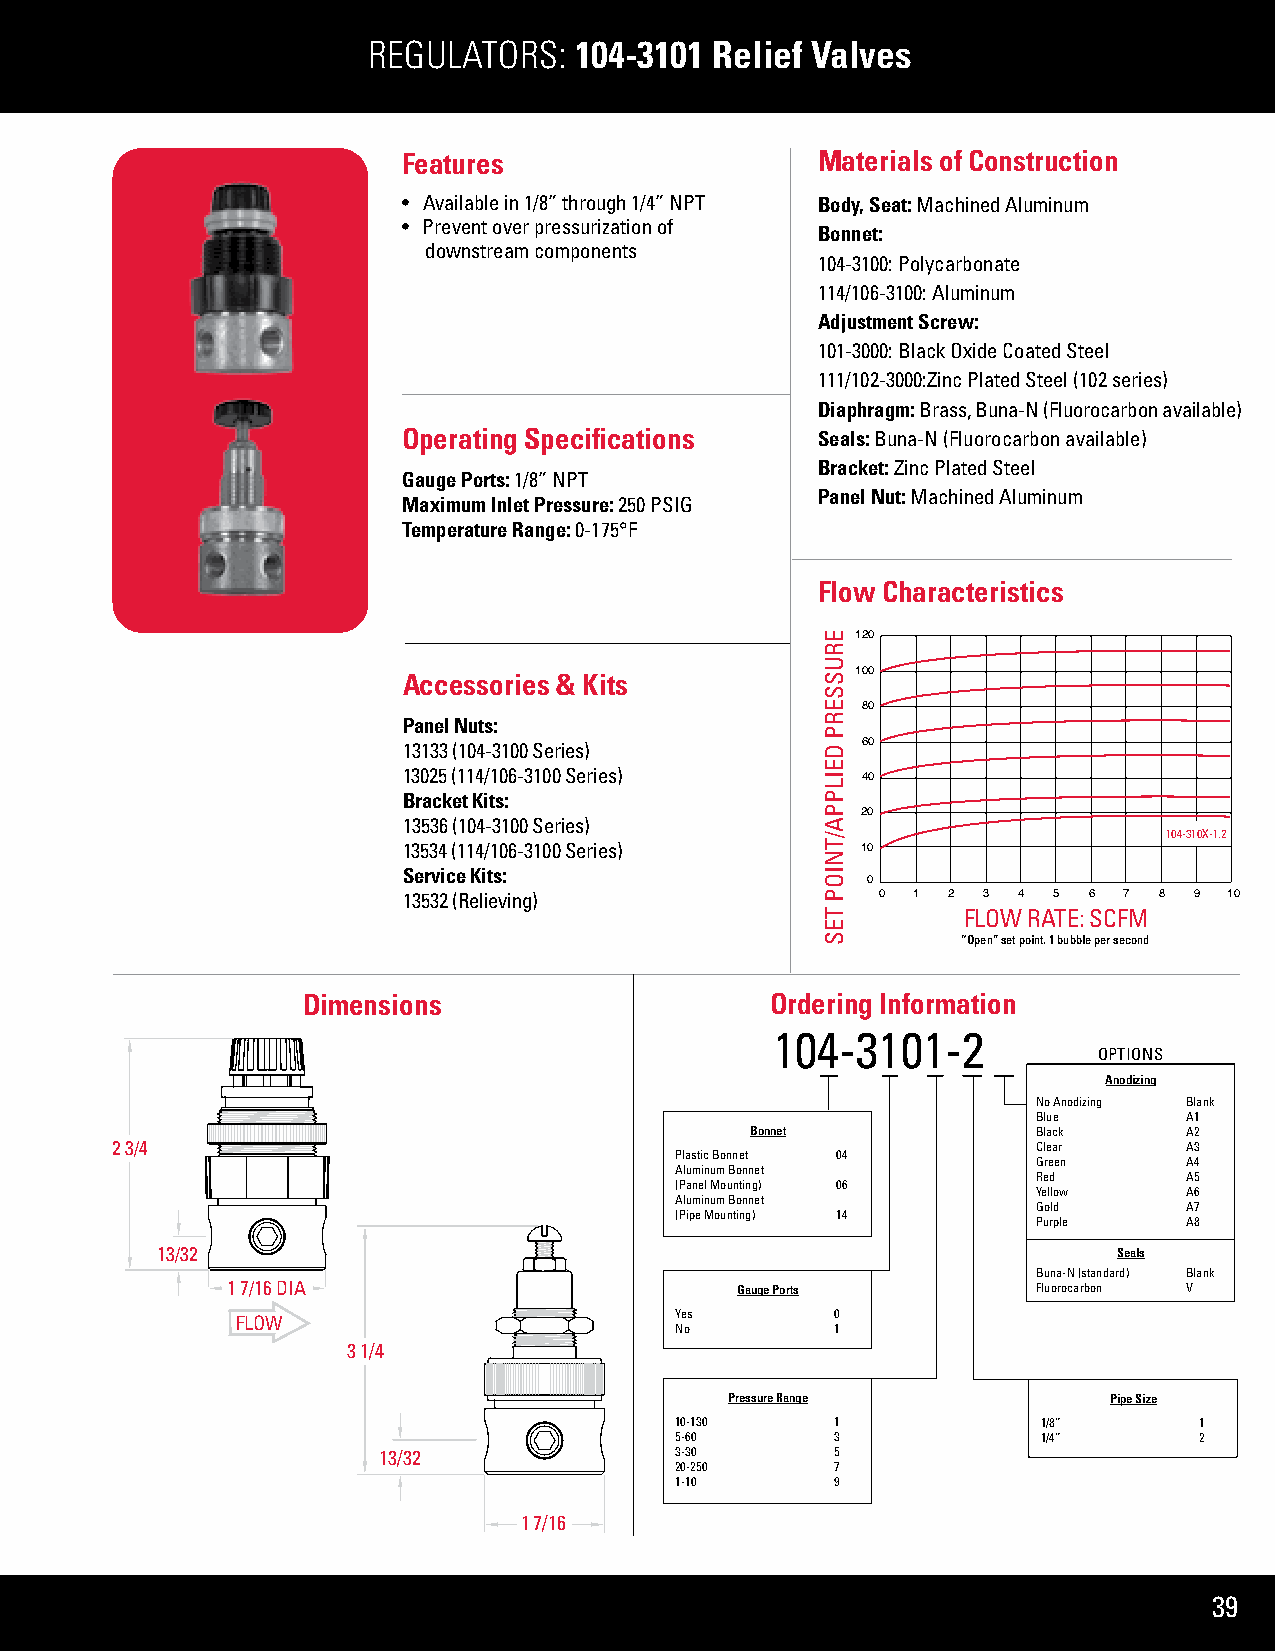
REGULATORS:   104-3101 Relief Valves
 Features                   Materials of Construction
 •  Available in 1/8” through 1/4” NPT Body, Seat: Machined Aluminum
 •  Prevent over pressurization of
 Bonnet:
 downstream components
 104-3100: Polycarbonate
 114/106-3100: Aluminum
 Adjustment Screw:
 101-3000: Black Oxide Coated Steel
 111/102-3000:Zinc Plated Steel (102 series)
 Diaphragm: Brass, Buna-N (Fluorocarbon available)
 Operating Specifications   Seals: Buna-N (Fluorocarbon available)
 Bracket: Zinc Plated Steel
 Gauge Ports: 1/8” NPT
 Panel Nut: Machined Aluminum
 Maximum Inlet Pressure: 250 PSIG
 Temperature Range: 0-175°F
 Flow Characteristics
 120
 Accessories & Kits            100
 80
 Panel Nuts:
 13133 (104-3100 Series)       60
 13025 (114/106-3100 Series)
 40
 Bracket Kits:
 20
 13536 (104-3100 Series)
 104-310X-1.2
 13534 (114/106-3100 Series)   10
 Service Kits:
 0
 13532 (Relieving)              0 1  2 3 4  5 6 7  8 9 10
 FLOW RATE: SCFM
 “Open” set point. 1 bubble per second
 Dimensions                     Ordering Information
 104-3101-2
 OPTIONS
 Anodizing
 No Anodizing Blank
 Blue      A1
 Bonnet             Black     A2
 2 3/4                                                         Clear     A3
 Plastic Bonnet 04
 Green     A4
 Aluminum Bonnet
 Red       A5
 (Panel Mounting) 06
 Yellow    A6
 Aluminum Bonnet
 Gold      A7
 (Pipe Mounting) 14
 Purple    A8
 13/32                                                           Seals
 Buna-N (standard) Blank
 1 7/16 DIA                        Gauge Ports         Fluorocarbon V
 FLOW                         Yes       0
 No        1
 3 1/4
 Pressure Range           Pipe Size
 10-130    1             1/8”      1
 5-60      3             1/4”      2
 13/32               3-30      5
 20-250    7
 1-10      9
 1 7/16
 39
 ERUSSERP
 DEILPPA/TNIOP
 TES